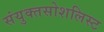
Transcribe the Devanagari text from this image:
संयुक्तसोशलिस्ट